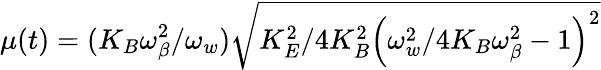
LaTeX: \mu(t)=(K_{B}\omega_{\beta}^{2}/\omega_{w})\sqrt{K_{E}^{2}/4K_{B}^{2}\left(\omega_{w}^{2}/4K_{B}\omega_{\beta}^{2}-1\right)^{2}}